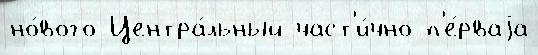
но́вого Центра́льный част'и́чно п'е́рваjа